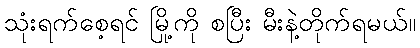
သုံးရက်စေ့ရင် မြို့ကို စပြီး မီးနဲ့တိုက်ရမယ်။